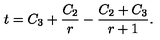
t = C _ { 3 } + \frac { C _ { 2 } } { r } - \frac { C _ { 2 } + C _ { 3 } } { r + 1 } .